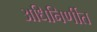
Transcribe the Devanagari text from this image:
अधिनिर्णीत